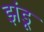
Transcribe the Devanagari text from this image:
झंडू